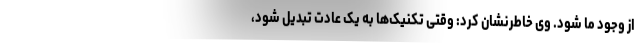
از وجود ما شود. وی خاطرنشان کرد: وقتی تکنیک‌ها به یک عادت تبدیل شود،